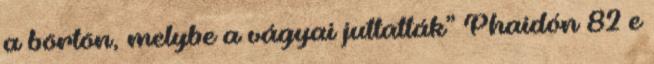
a börtön, melybe a vágyai juttatták” Phaidón 82 e